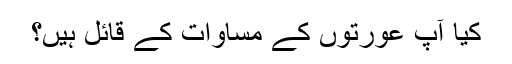
کیا آپ عورتوں کے مساوات کے قائل ہیں؟